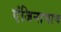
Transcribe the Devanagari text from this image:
एंजिनाचाच